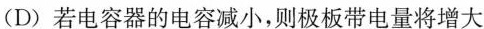
(D)若电容器的电容减小，则极板带电量将增大